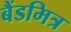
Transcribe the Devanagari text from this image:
बैंडमित्र